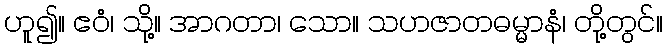
ဟူ၍။ ဧဝံ၊ သို့။ အာဂတာ၊ သော။ သဟဇာတဓမ္မာနံ၊ တို့တွင်။